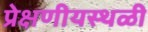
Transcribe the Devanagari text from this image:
प्रेक्षणीयस्थळी